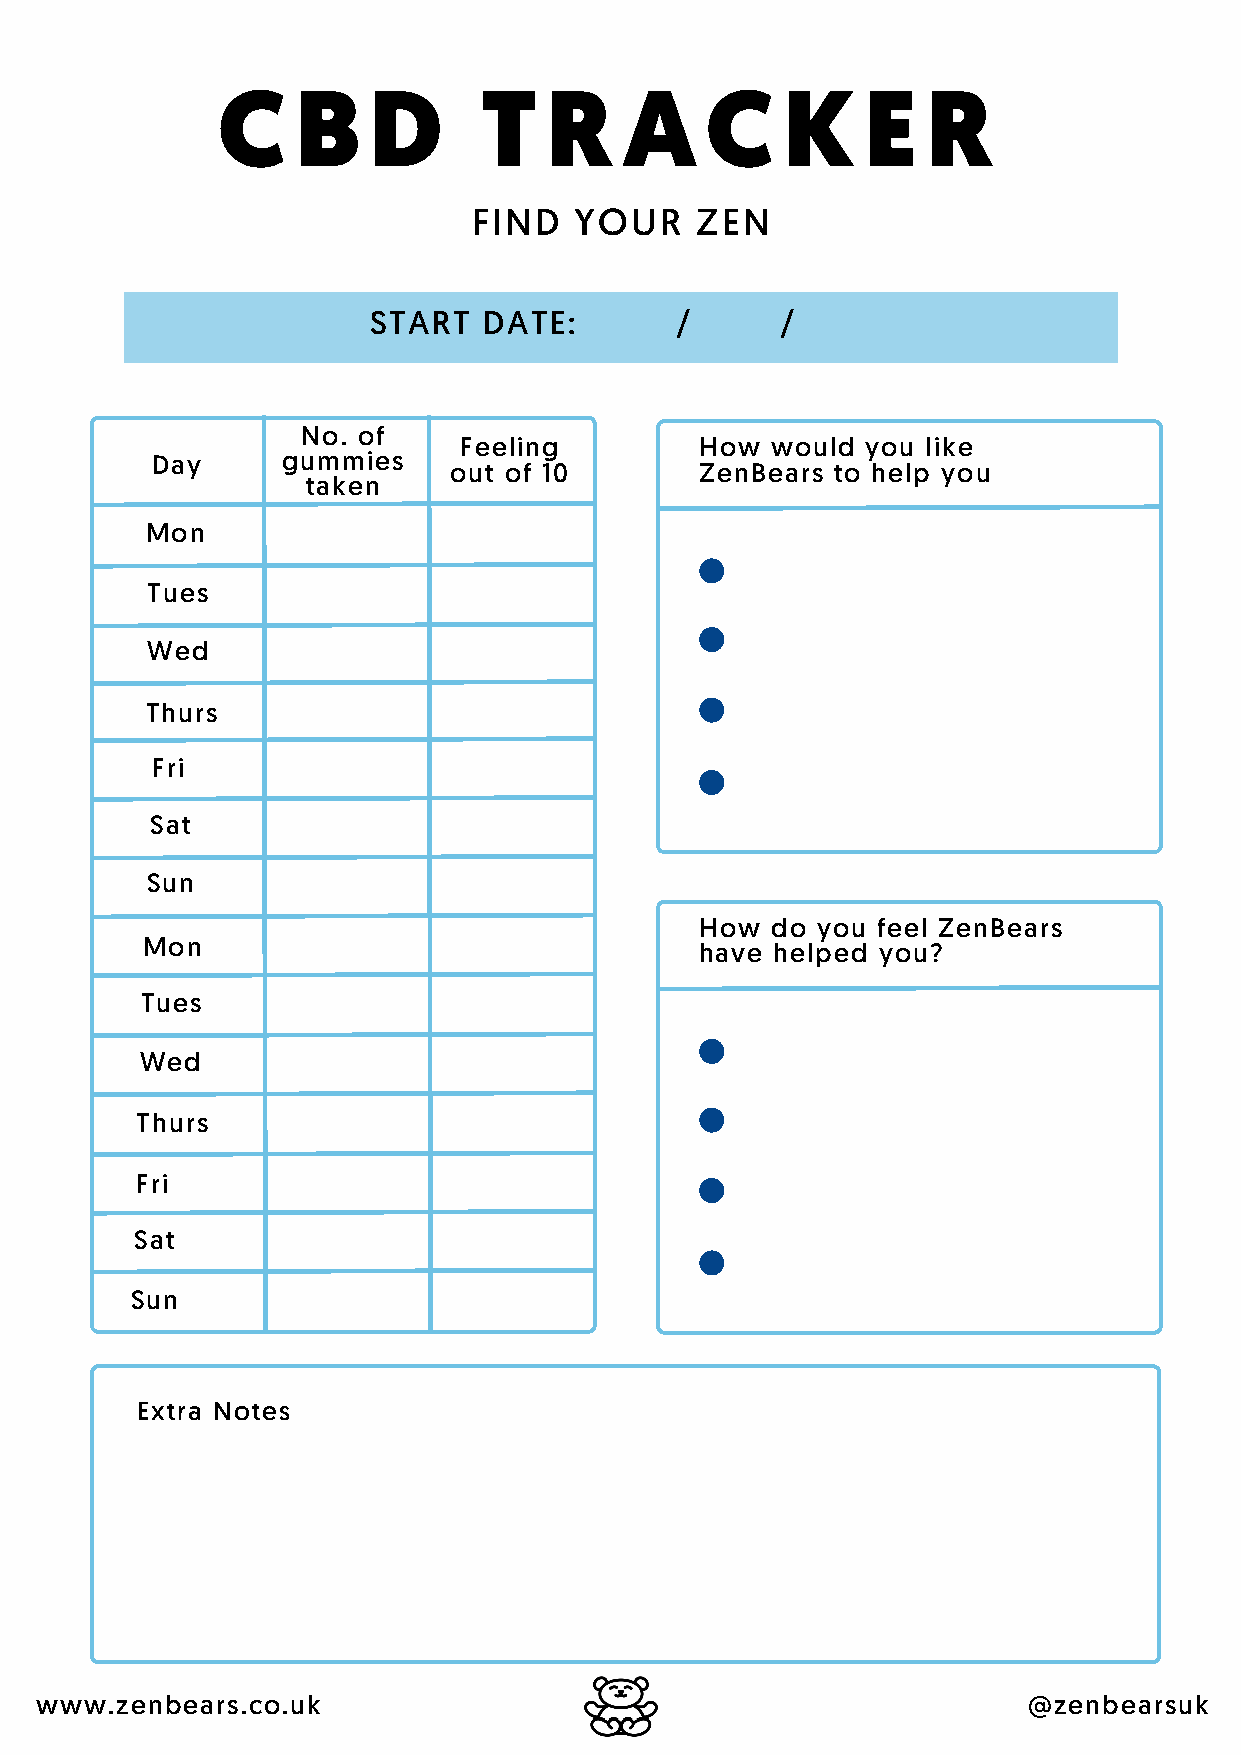
C     B   D       T   R    A     C    K    E   R
 FIND   YOUR    ZEN
 START   DATE:        /      /
 No. of
 Feeling         How  would you like
 Day      gummies
 out of 10       ZenBears to help you
 taken
 Mon
 Tues
 Wed
 Thurs
 Fri
 Sat
 Sun
 How  do you feel ZenBears
 Mon
 have helped you?
 Tues
 Wed
 Thurs
 Fri
 Sat
 Sun
 Extra Notes
 www.zenbears.co.uk                                                @zenbearsuk